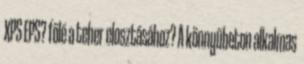
XPS EPS? fölé a teher elosztásához? A könnyűbeton alkalmas